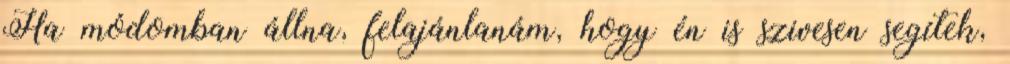
Ha módomban állna, felajánlanám, hogy én is szivesen segítek,